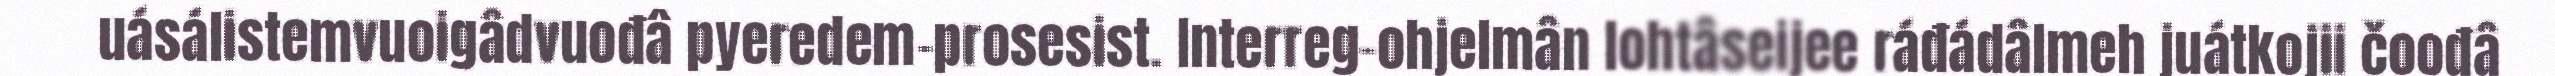
uásálistemvuoigâdvuođâ pyeredem-prosesist. Interreg-ohjelmân lohtâseijee ráđádâlmeh juátkojii čoođâ